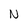
Character: N